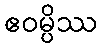
ဧဝမ္ပိဿ